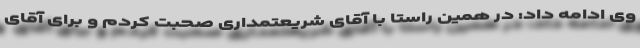
وی ادامه داد: در همین راستا با آقای شریعتمداری صحبت کردم و برای آقای